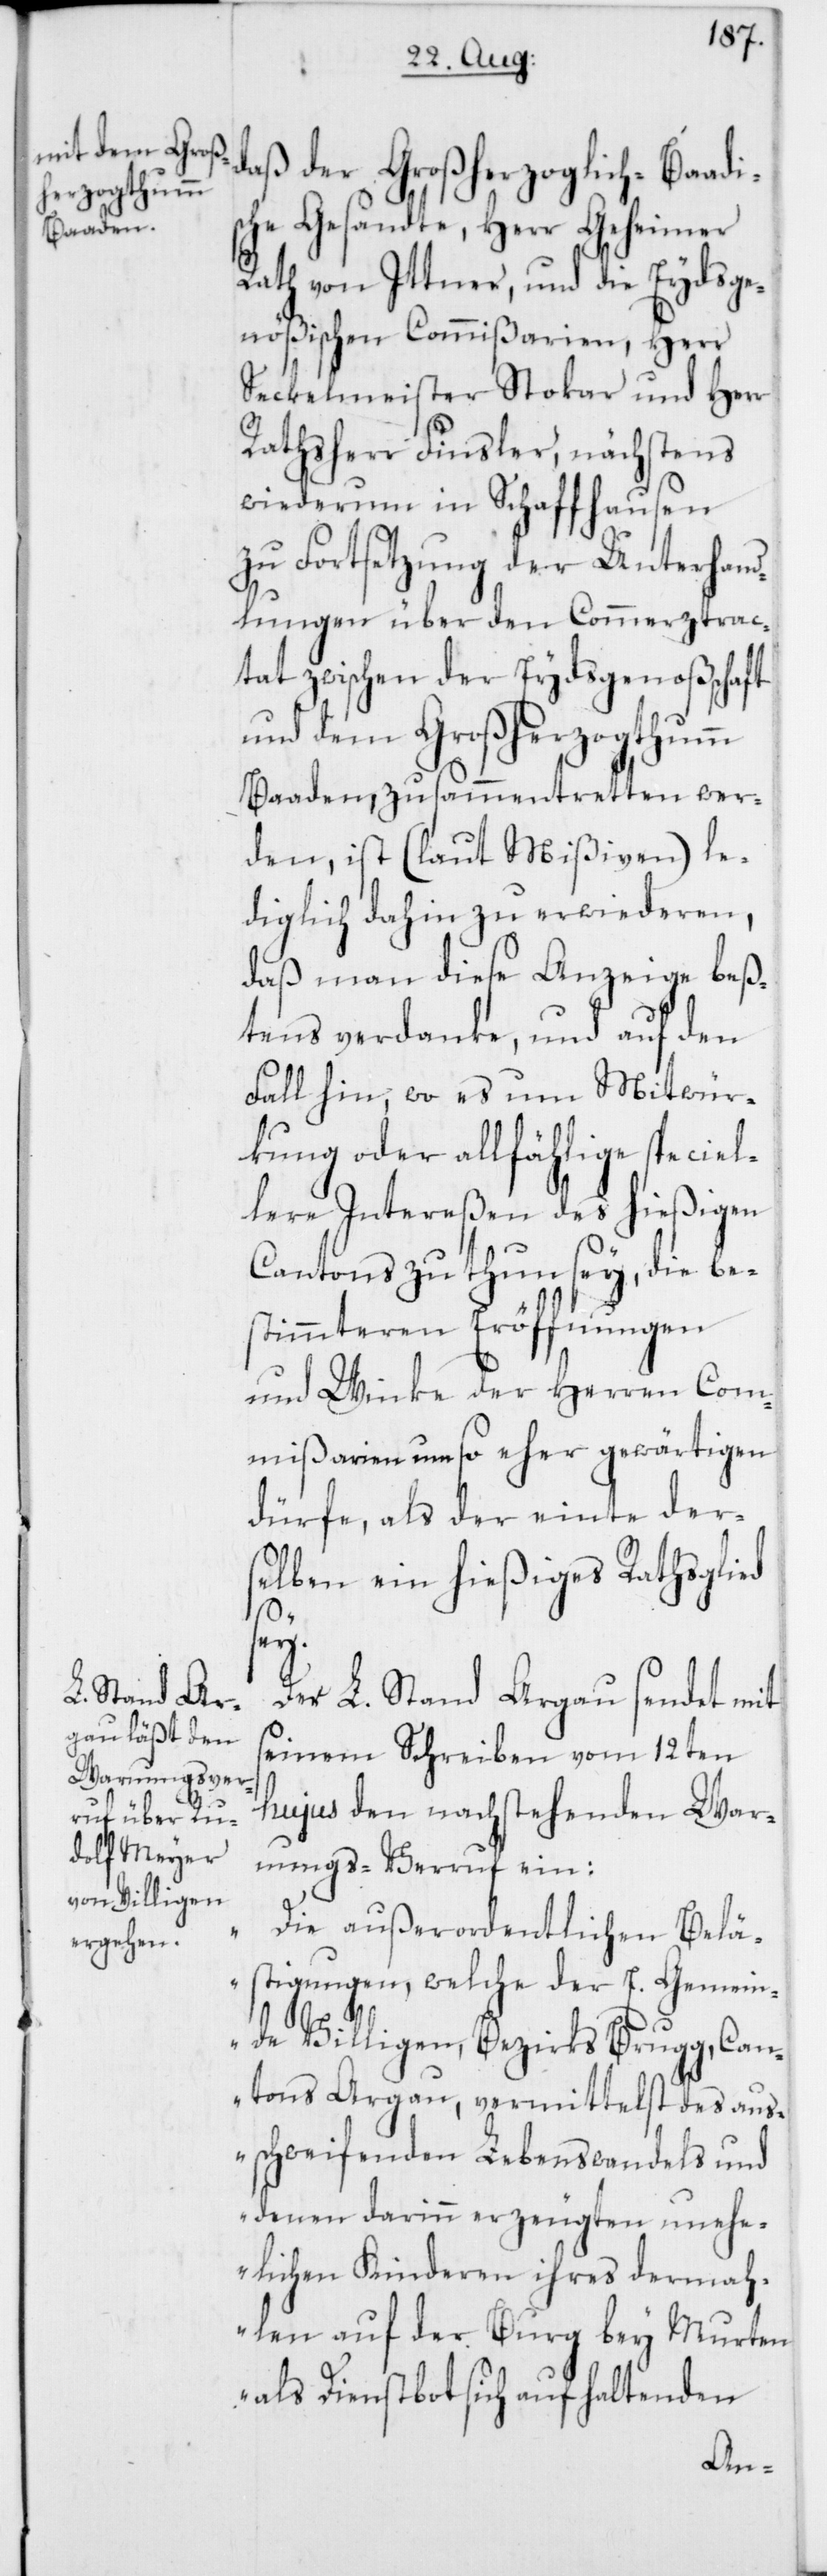
daß der Großherzoglich-Baadi¬
sche Gesandte, Herr Geheimer
Rath von Ittner, und die Eydsge¬
nößischen Commißarien, Herr
Seckelmeister Stokar und Herr
Rathsherr Finsler, nächstens
wiederum in Schaffhausen
zu Fortsetzung der Unterhan¬
dlungen über den Commerztrac¬
tat zwischen der Eydsgenoßschaft
und dem Großherzogthum
Baaden, zusammentretten wer¬
den, ist (laut Mißiven) le¬
diglich dahin zu erwiederen,
daß man diese Anzeige beß¬
tens verdanke, und auf den
Fall hin, wo es um Mitwür¬
kung oder allfählige speciel¬
lere Intereßen des hießigen
Cantons zu thun sey, die be¬
stimmteren Eröffnungen
und Winke der Herren Com¬
mißarien um so eher gewärtigen
dürfe, als der einte der¬
selben ein hießiges Rathsglied
Der L. Stand Argau sendet mit
seinem Schreiben vom 12ten
hujus den nachstehenden War¬
nungs-Verruf ein:
„Die außerordentlichen Belä¬
stigungen, welche der E. Gemein¬
de Villigen, Bezirks Brugg, Can¬
tons Argau, vermittelst des aus¬
schweifenden Lebenswandels und
denen darinn erzeugten unehe¬
lichen Kinderen ihres dermah¬
len auf der Burg bey Murten
als Dienstbot sich aufhaltenden